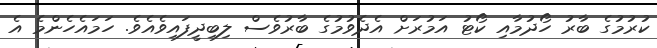
ކުރުމުގެ ބާރު ހޯދުމާއި ކޯޓު އަމުރަށް އެދެވުމުގެ ބާރުވެސް ލިބިދީފައިވެއެވެ. ހަމައެހެންމެ އެ